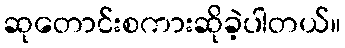
ဆုတောင်းစကားဆိုခဲ့ပါတယ်။